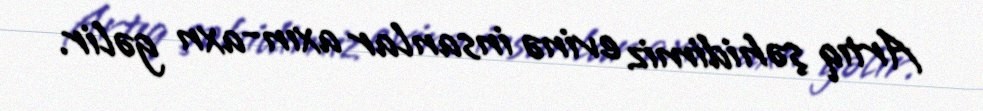
Artıq şəhidimiz evinə insanlar axın-axn gəlir.